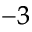
^ { - 3 }